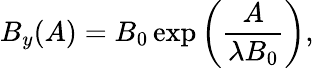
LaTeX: B_{y}(A)=B_{0}\exp\left(\frac{A}{\lambda B_{0}}\right),